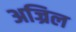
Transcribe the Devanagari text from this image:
अज्रिल